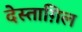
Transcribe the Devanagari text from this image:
देस्ताग़िल